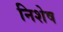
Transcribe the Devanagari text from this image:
निशेष